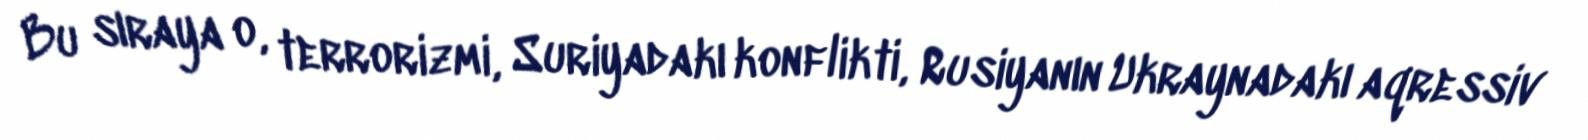
Bu sıraya o, terrorizmi, Suriyadakı konflikti, Rusiyanın Ukraynadakı aqressiv